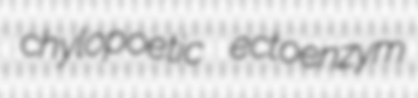
chylopoetic ectoenzym